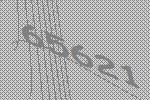
65621